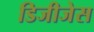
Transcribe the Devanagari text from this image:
डिजीजेस